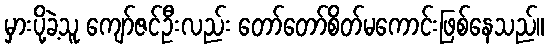
မှားပို့ခဲ့သူ ကျော်ဇင်ဦးလည်း တော်တော်စိတ်မကောင်းဖြစ်နေသည်။